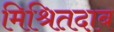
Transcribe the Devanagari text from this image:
मिश्रितदाब